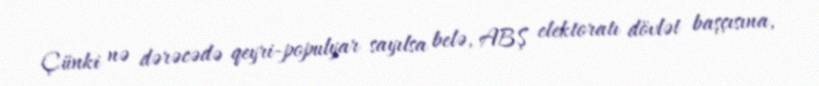
Çünki nə dərəcədə qeyri-populyar sayılsa belə, ABŞ elektoratı dövlət başçısına,